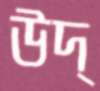
উদ্